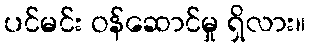
ပင်မင်း ဝန်ဆောင်မှု ရှိလား။